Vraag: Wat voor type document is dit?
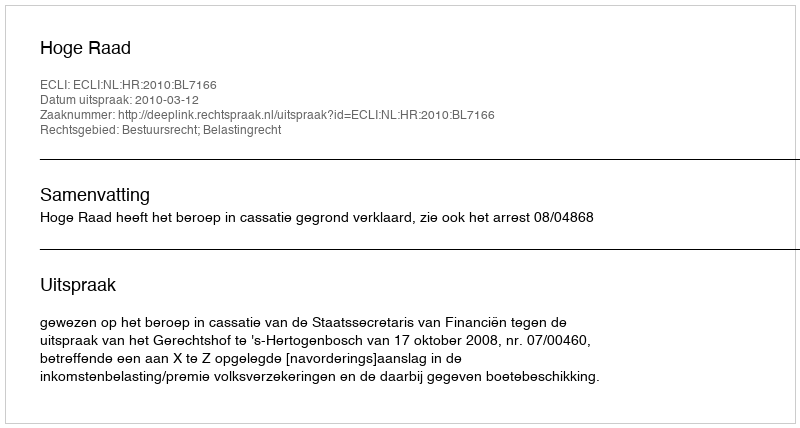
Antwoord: Uitspraak